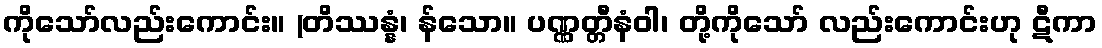
ကိုသော်လည်းကောင်း။ (တိဿန္နံ၊ န်သော။ ပဏ္ဏတ္တီနံဝါ၊ တို့ကိုသော် လည်းကောင်းဟု ဋီကာ